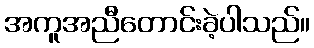
အကူအညီတောင်းခဲ့ပါသည်။